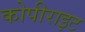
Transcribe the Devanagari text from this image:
कोपीराइट